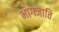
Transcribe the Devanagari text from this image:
भागजाति